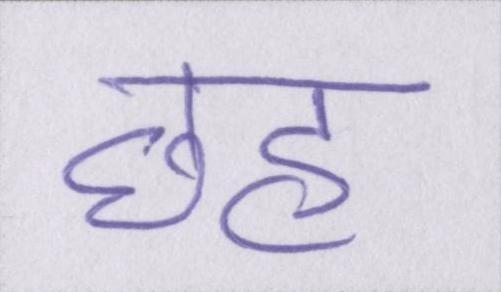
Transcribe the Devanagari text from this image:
छह